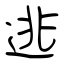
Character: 逃